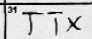
Transcription: TTX